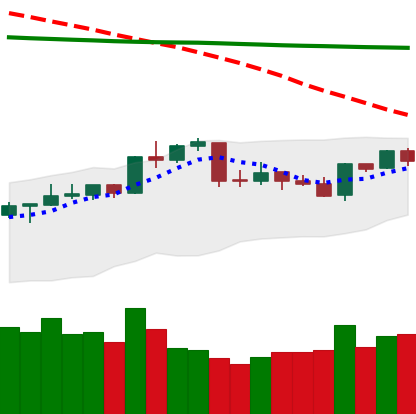
Ticker: NEO-USD
Chart end date: 2020-04-19
Forward return: 5.854%
Label: up_5_7